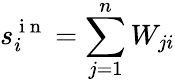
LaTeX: s_{i}^{\mathrm{~i~n~}}=\sum_{j=1}^{n}W_{ji}